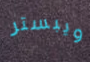
ويبستر